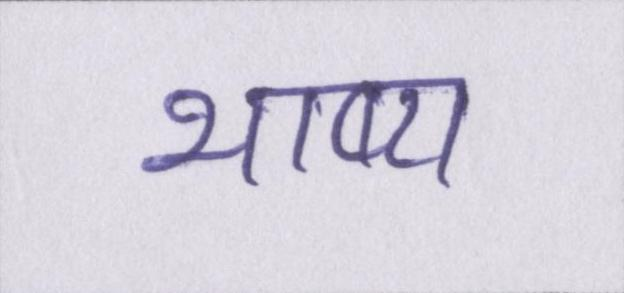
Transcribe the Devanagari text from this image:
भाष्य